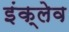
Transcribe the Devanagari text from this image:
इंक्लेव